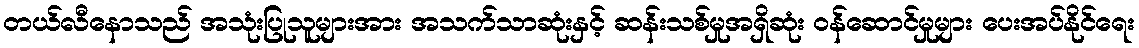
တယ်လီနောသည် အသုံးပြုသူများအား အသက်သာဆုံးနှင့် ဆန်းသစ်မှုအရှိဆုံး ဝန်ဆောင်မှုများ ပေးအပ်နိုင်ရေး